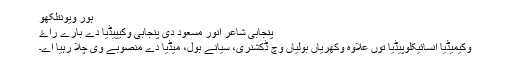
ہور ویونتلکھو
پنجابی شاعر انور مسعود دی پنجابی وکیپیڈیا دے بارے راۓ
وکیمیڈيا انسائیکلوپیڈیا توں علاوہ وکھریاں بولیاں وچ ڈکشنری، سیانے بول، میڈیا دے منصوبے وی چلا رہیا اے۔